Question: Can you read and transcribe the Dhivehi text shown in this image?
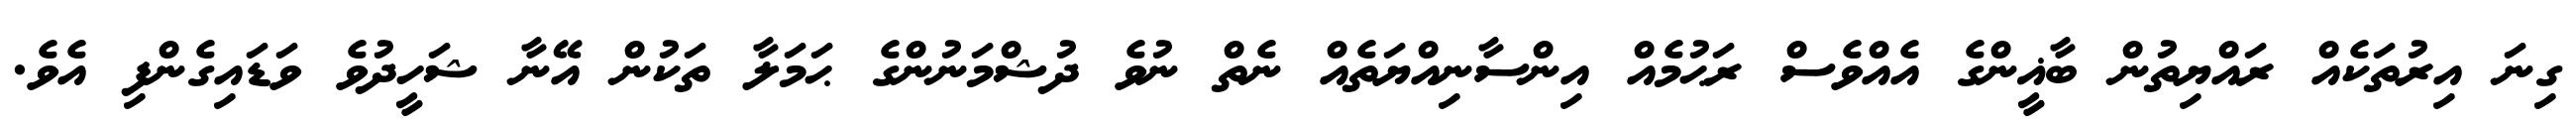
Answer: ގިނަ އިރުތަކެއް ރައްޔިތުން ބާޣީންގެ އެއްވެސް ރަޙުމެއް އިންސާނިއްޔަތެއް ނެތް ނުވެ ދުޝްމަނުންގެ ޙަމަލާ ތަކުން އޭނާ ޝަހީދުވެ ވަޑައިގެންފި އެވެ.